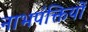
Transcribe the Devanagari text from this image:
नाभपंक्तियों